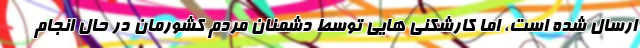
ارسال شده است، اما کارشکنی هایی توسط دشمنان مردم کشورمان در حال انجام